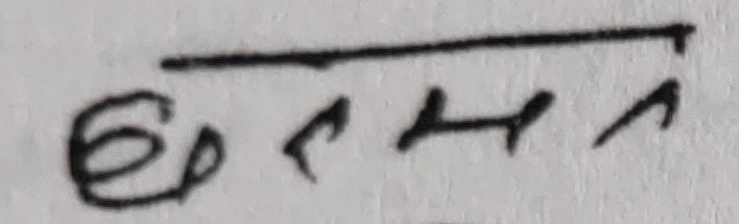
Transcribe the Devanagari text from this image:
छतमना